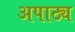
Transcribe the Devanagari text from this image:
अपाठ्य